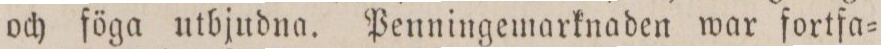
och föga utbjudna. Penningemarknaden war fortfa=